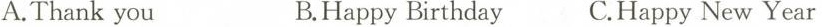
A.Thank you B.Happy Birthday C.Happy New Year